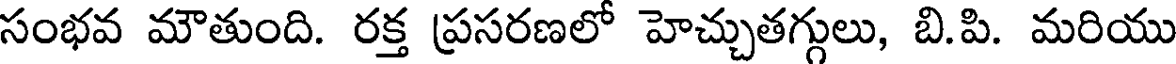
సంభవ మౌతుంది. రక్త ప్రసరణలో హెచ్చుతగ్గులు, బి.పి. మరియు